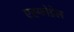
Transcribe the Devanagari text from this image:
एस्फोडेल